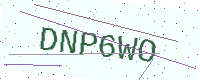
Text: DNP6WO